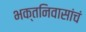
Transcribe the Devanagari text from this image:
भक्तनिवासांचं